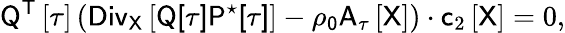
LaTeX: \mathsf{Q}^{\sf T}\left[\tau\right]\left(\sf{Div}_{\mathsf{X}}\left[\sf{Q}[\tau]\mathsf{P}^{\star}[\tau]\right]-\rho_{0}\sf{A}_{\tau}\left[\sf X\right]\right)\cdot\mathsf{c}_{2}\left[\mathsf{X}\right]=0,